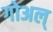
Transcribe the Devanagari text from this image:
गोअल्